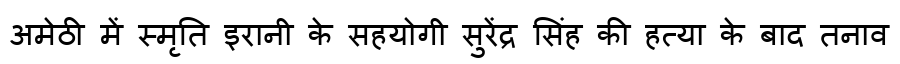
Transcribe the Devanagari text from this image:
अमेठी में स्मृति इरानी के सहयोगी सुरेंद्र सिंह की हत्या के बाद तनाव